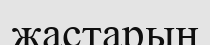
жастарын